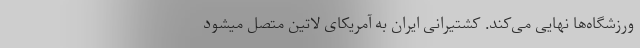
ورزشگاه‌ها نهایی می‌کند. کشتیرانی ایران به آمریکای لاتین متصل میشود